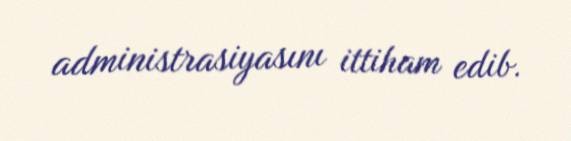
administrasiyasını ittiham edib.